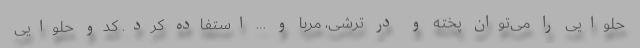
حلوایی را می‌توان پخته و در ترشی، مربا و … استفاده کرد. کدو حلوایی